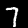
Digit: 7